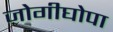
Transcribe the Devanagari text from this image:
जोगीघोपा